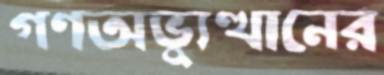
গণঅভ্যুত্থানের